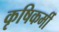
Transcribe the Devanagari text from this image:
कृषिकर्मी